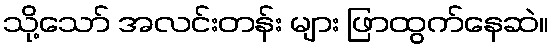
သို့သော် အလင်းတန်း များ ဖြာထွက်နေဆဲ။